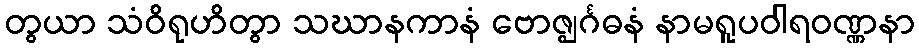
တွယာ သံဝိရုဟိတွာ သဃာနကာနံ ဗောဇ္ဈင်္ဂဓနံ နာမရူပဝါရဝဏ္ဏနာ